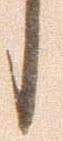
候